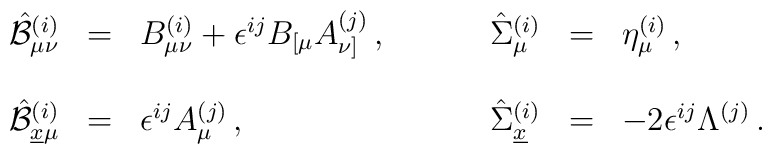
\begin{array}{rclrcl}\hat{\cal B}_{\mu\nu}^{(i)}&=&B_{\mu\nu}^{(i)} + \epsilon^{ij}B_{[\mu}A_{\nu]}^{(j)}\, ,\hspace{1cm}&\hat{\Sigma}^{(i)}_{\mu}&=&\eta_{\mu}^{(i)}\, ,\\& & & & &\\\hat{\cal B}^{(i)}_{\underline{x}\mu}&=&\epsilon^{ij}A_{\mu}^{(j)}\, ,&\hat{\Sigma}^{(i)}_{\underline{x}}&=&-2\epsilon^{ij}\Lambda^{(j)}\, .\end{array}